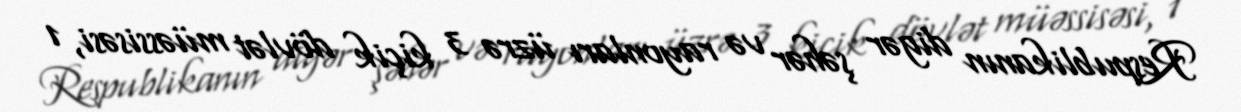
Respublikanın digər şəhər və rayonları üzrə 3 kiçik dövlət müəssisəsi, 1